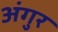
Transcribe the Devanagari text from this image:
अंगुर